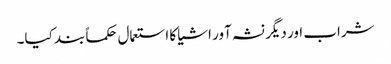
شراب اور دیگر نشہ آور اشیا کا استعمال حکماً بند کیا۔